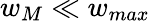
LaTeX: w_{M}\ll w_{max}